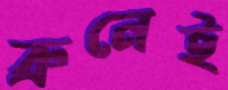
ব্রুনেই